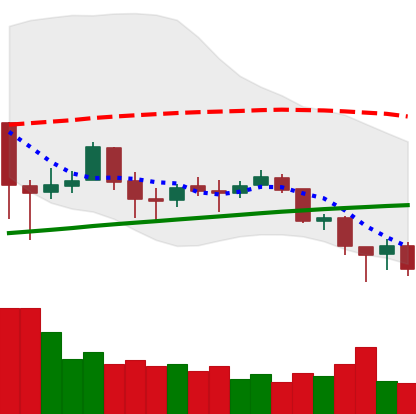
Ticker: BTC-USD
Chart end date: 2018-02-04
Forward return: 5.557%
Label: up_5_7